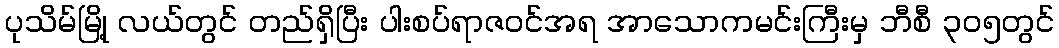
ပုသိမ်မြို့ လယ်တွင် တည်ရှိပြီး ပါးစပ်ရာဇဝင်အရ အာသောကမင်းကြီးမှ ဘီစီ ၃၀၅တွင်